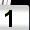
Digit: 1